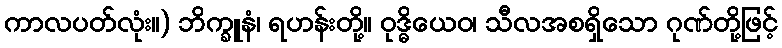
ကာလပတ်လုံး။) ဘိက္ခူနံ၊ ရဟန်းတို့။ ဝုဒ္ဓိယေဝ၊ သီလအစရှိသော ဂုဏ်တို့ဖြင့်